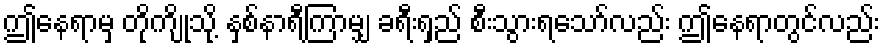
ဤနေရာမှ တိုကျိုသို့ နှစ်နာရီကြာမျှ ခရီးရှည် စီးသွားရသော်လည်း ဤနေရာတွင်လည်း